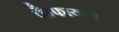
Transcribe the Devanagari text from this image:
पैम्फायल्ट